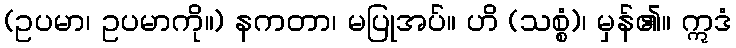
(ဥပမာ၊ ဥပမာကို။) နကတာ၊ မပြုအပ်။ ဟိ (သစ္စံ)၊ မှန်၏။ ဣဒံ